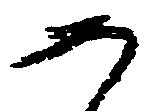
如